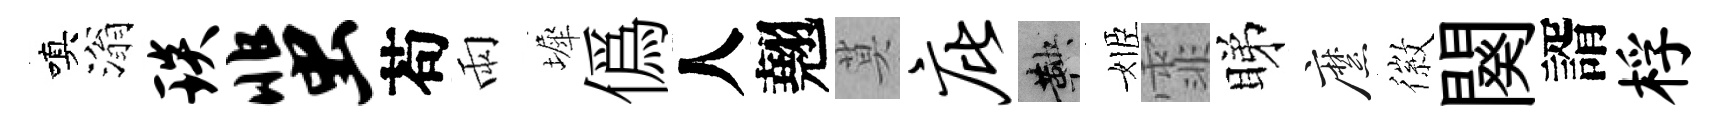
嗔滃琰蜚苟雨墀僞人翹莫庇鞅姬霏睇縻徽闋諝桴